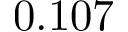
0 . 1 0 7